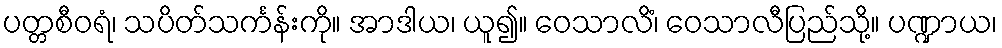
ပတ္တစီဝရံ၊ သပိတ်သင်္ကန်းကို။ အာဒါယ၊ ယူ၍။ ဝေသာလိံ၊ ဝေသာလီပြည်သို့။ ပဏ္ဍာယ၊